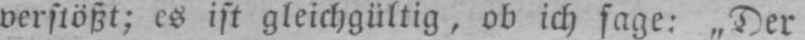
verstößt; es ist gleichgültig, ob ich sage: „Der